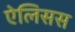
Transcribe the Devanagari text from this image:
ऐलिसस